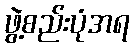
ဖွဲ့စည်းပုံအရ